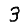
Digit: 3